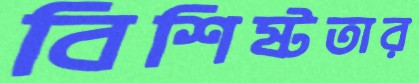
বিশিষ্টতার